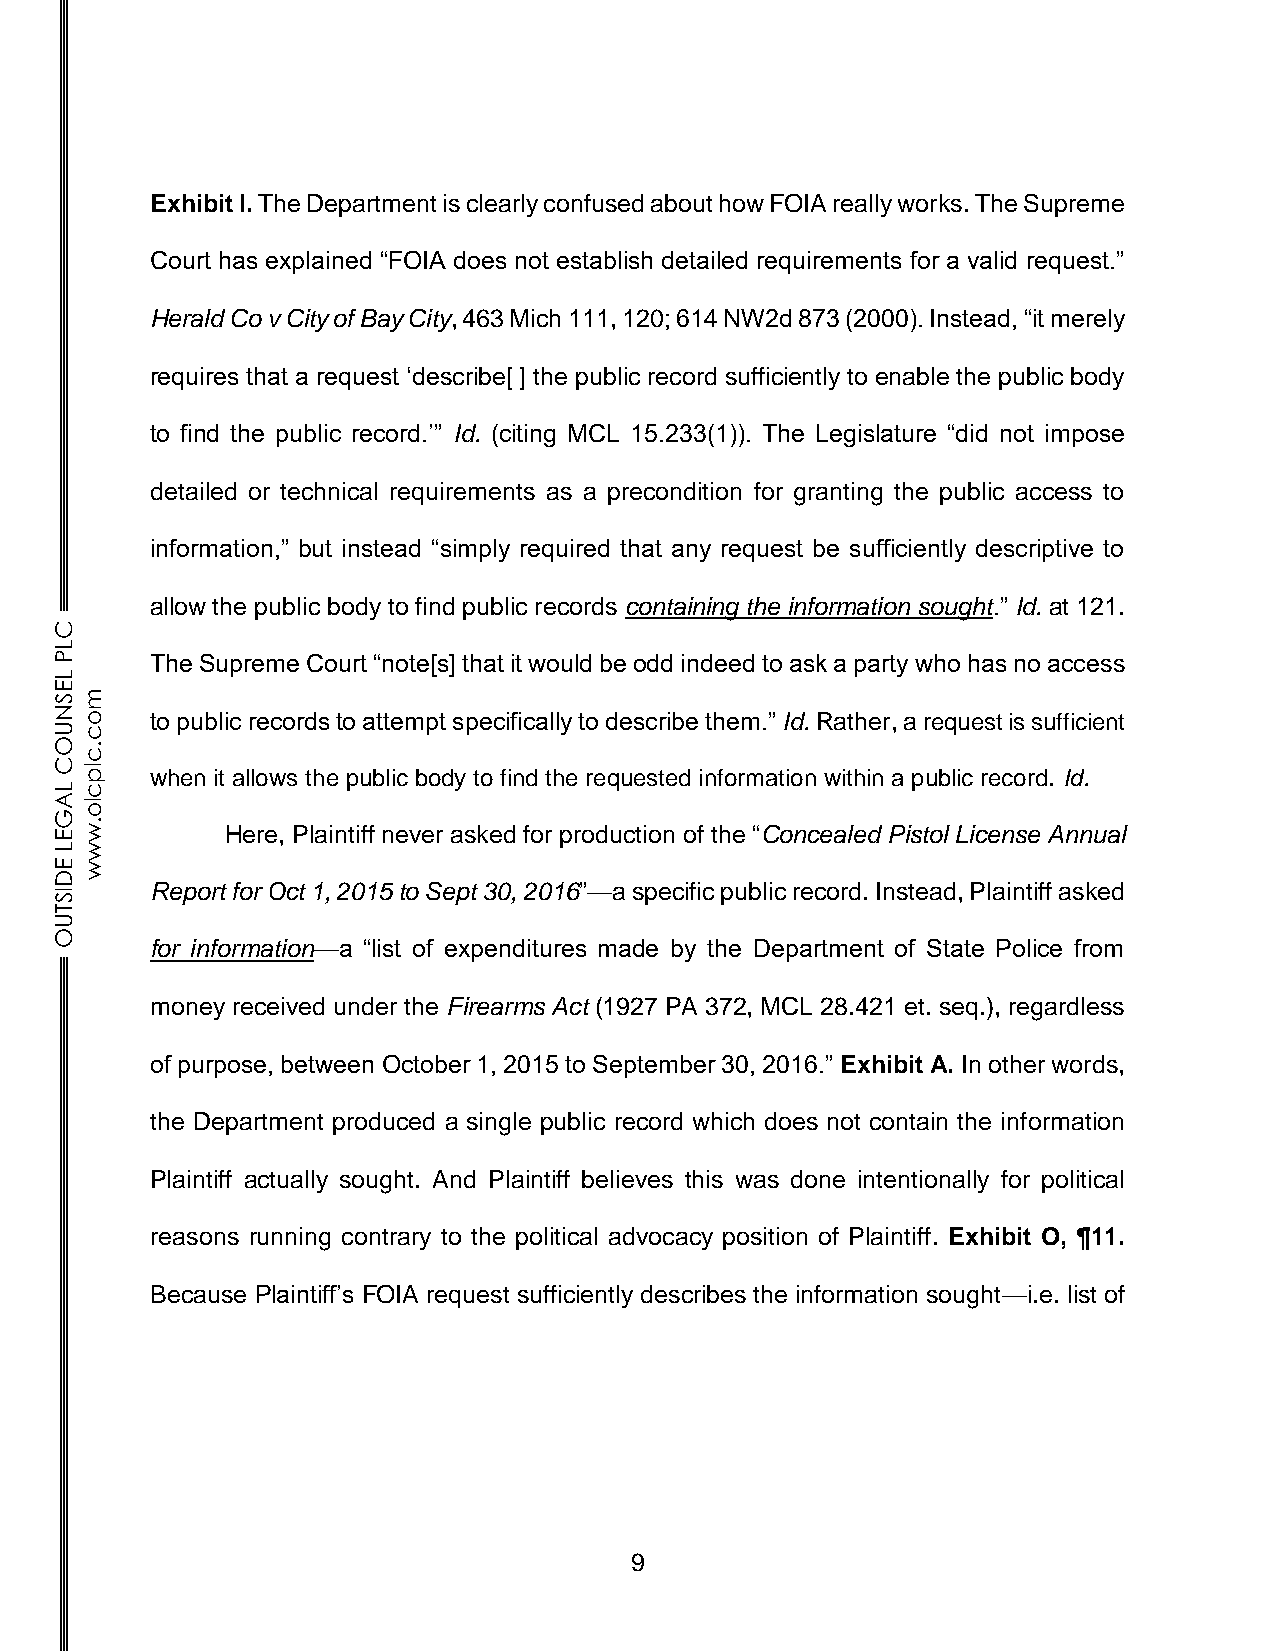
Exhibit I. The Department is clearly confused about how FOIA really works. The Supreme
 Court has explained “FOIA does not establish detailed requirements for a valid request.”
 Herald Co v City of Bay City, 463 Mich 111, 120; 614 NW2d 873 (2000). Instead, “it merely
 requires that a request ‘describe[ ] the public record sufficiently to enable the public body
 to find the public record.’” Id. (citing MCL 15.233(1)). The Legislature “did not impose
 detailed or technical requirements as a precondition for granting the public access to
 information,” but instead “simply required that any request be sufficiently descriptive to
 allow the public body to find public records containing the information sought.” Id. at 121.
 C
 L
 P     The Supreme Court “note[s] that it would be odd indeed to ask a party who has no access
 L
 E
 Sm
 N
 o    to public records to attempt specifically to describe them.” Id. Rather, a request is sufficient
 Uc
 O.c
 Clp
 when it allows the public body to find the requested information within a public record. Id.
 Lc
 Alo
 G
 .
 Ew         Here, Plaintiff never asked for production of the “Concealed Pistol License Annual
 Lw
 Ew
 D
 Report for Oct 1, 2015 to Sept 30, 2016”—a specific public record. Instead, Plaintiff asked
 IS
 T
 U
 O
 for information—a “list of expenditures made by the Department of State Police from
 money received under the Firearms Act (1927 PA 372, MCL 28.421 et. seq.), regardless
 of purpose, between October 1, 2015 to September 30, 2016.” Exhibit A. In other words,
 the Department produced a single public record which does not contain the information
 Plaintiff actually sought. And Plaintiff believes this was done intentionally for political
 reasons running contrary to the political advocacy position of Plaintiff. Exhibit O, ¶11.
 Because Plaintiff’s FOIA request sufficiently describes the information sought—i.e. list of
 9